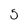
Character: 5